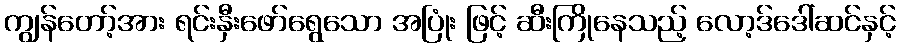
ကျွန်တော့်အား ရင်းနှီးဖော်ရွေသော အပြုံး ဖြင့် ဆီးကြိုနေသည့် လော့ဒ်ဒေါ်ဆင်နှင့်